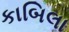
કાબિલા